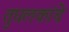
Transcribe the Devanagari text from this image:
तुघलकांचे